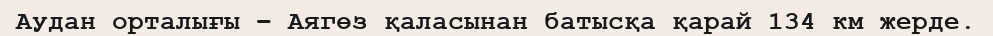
Аудан орталығы – Аягөз қаласынан батысқа қарай 134 км жерде.